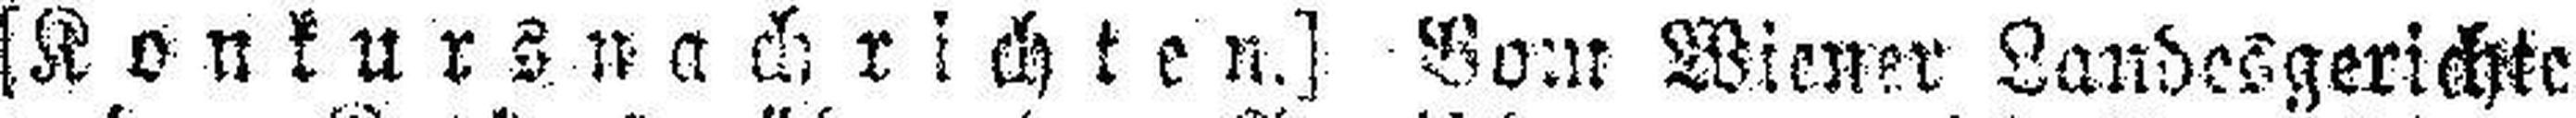
[Konkursnachrichten.] Vom Wiener Landesgerichte